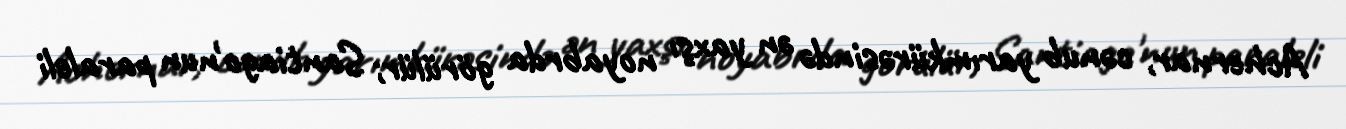
Achernar, cənub yarımkürəsində ən yaxşı noyabrda görülür; Santiago'nun paraleli